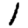
Digit: 1